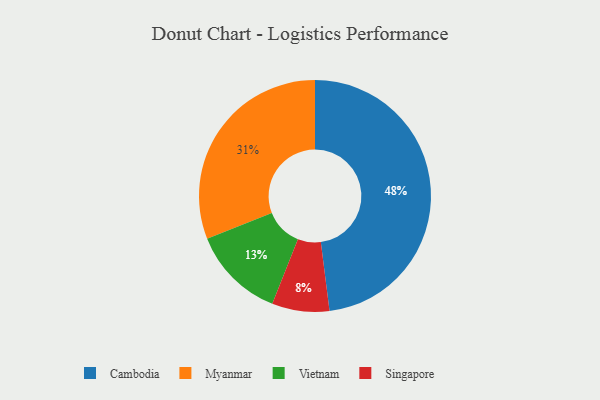
{"axis": {"x": "Category", "y": "Percentage"}, "legend": ["Cambodia", "Myanmar", "Singapore", "Vietnam"], "data": [{"x": "Myanmar", "y": 31, "type": "Myanmar"}, {"x": "Singapore", "y": 8, "type": "Singapore"}, {"x": "Cambodia", "y": 48, "type": "Cambodia"}, {"x": "Vietnam", "y": 13, "type": "Vietnam"}]}